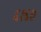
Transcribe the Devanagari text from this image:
६१६७